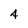
Character: 4